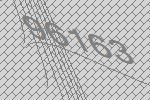
96163